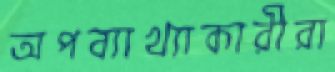
অপব্যাখ্যাকারীরা